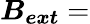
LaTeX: \boldsymbol{B_{ext}}=